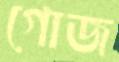
গোজ